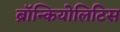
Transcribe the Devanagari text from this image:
ब्रॉन्कियोलिटिस